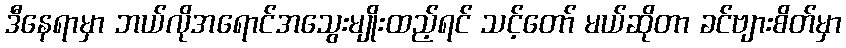
ဒီနေရာမှာ ဘယ်လိုအရောင်အသွေးမျိုးထည့်ရင် သင့်တော် မယ်ဆိုတာ ခင်ဗျားစိတ်မှာ